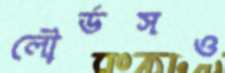
লৌর্ডসও